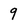
Character: 9